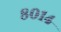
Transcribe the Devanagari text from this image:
८०१४